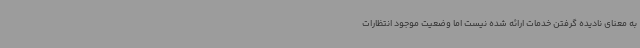
به معنای نادیده گرفتن خدمات ارائه شده نیست اما وضعیت موجود انتظارات